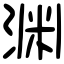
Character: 渊